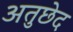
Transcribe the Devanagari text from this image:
अतुछेद